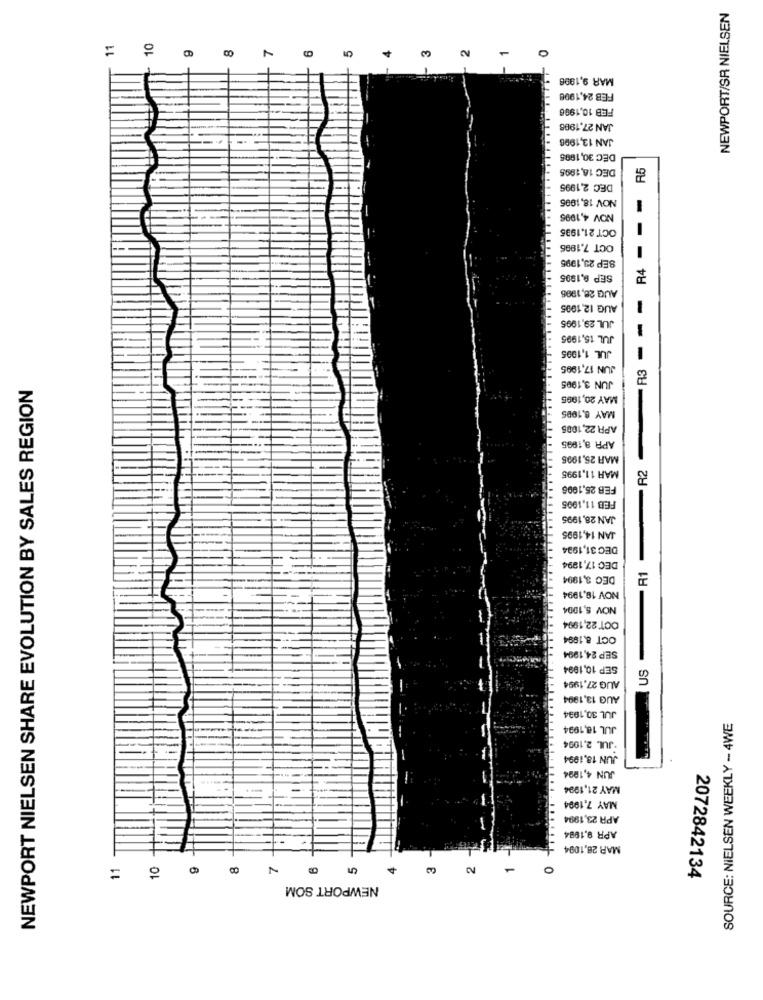
NEWPORT/SR NIELSEN
-
MAR 9,1996
FEB 24,1998
FEB 10,1996
JAN 27.1998
JAN 12,1996
DEC 30,1995
DEC 16,1995
R5
DEC 2,1995
NOV 18,1996
NOV 4,1995
-
OCT 21.1995
OCT 7.1996
-
SEP 23,1995
R4
SEP 9,1995
AUG 26,1906
-
AUG 12.1995
JUL 29,1995
-3 - -
JUL 15,1995
JUL 1,1995
JUN 17,1995
NEWPORT NIELSEN SHARE EVOLUTION BY SALES REGION
JUN 3,1995
MAY 20,1995
MAY 8,1095
APR 22,1005
APR 8,1995
MAR 25,1905
R2
MAR 11,1995
FEB 26,1996
FEB 11,1995
JAN 28,1995
JAN 14,1995
DEC 31,1934
DEC 17,1994
DEC 3,1994
-R1
NOV 19,1994
NOV 5,1004
OCT 22,1994
OCT 8.1894
SEP 24,1994
SEP 10,1994
US
AUG 27.1994
AUG 13,1994
JUL 30,1994
JUL 18,1994
SOURCE: NIELSEN WEEKLY - 4WE
.JUL 2,1994
JUN 18,1994
JUN 4,1994
-.
MAY 21,1994
MAY 7,1994
APR 23,1994
APR 9,1984
MAR 26,1094
11
10
O
NEWPORT SOM
2072842134